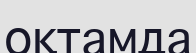
оқтамда